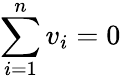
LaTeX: \sum_{i=1}^{n}v_{i}=0